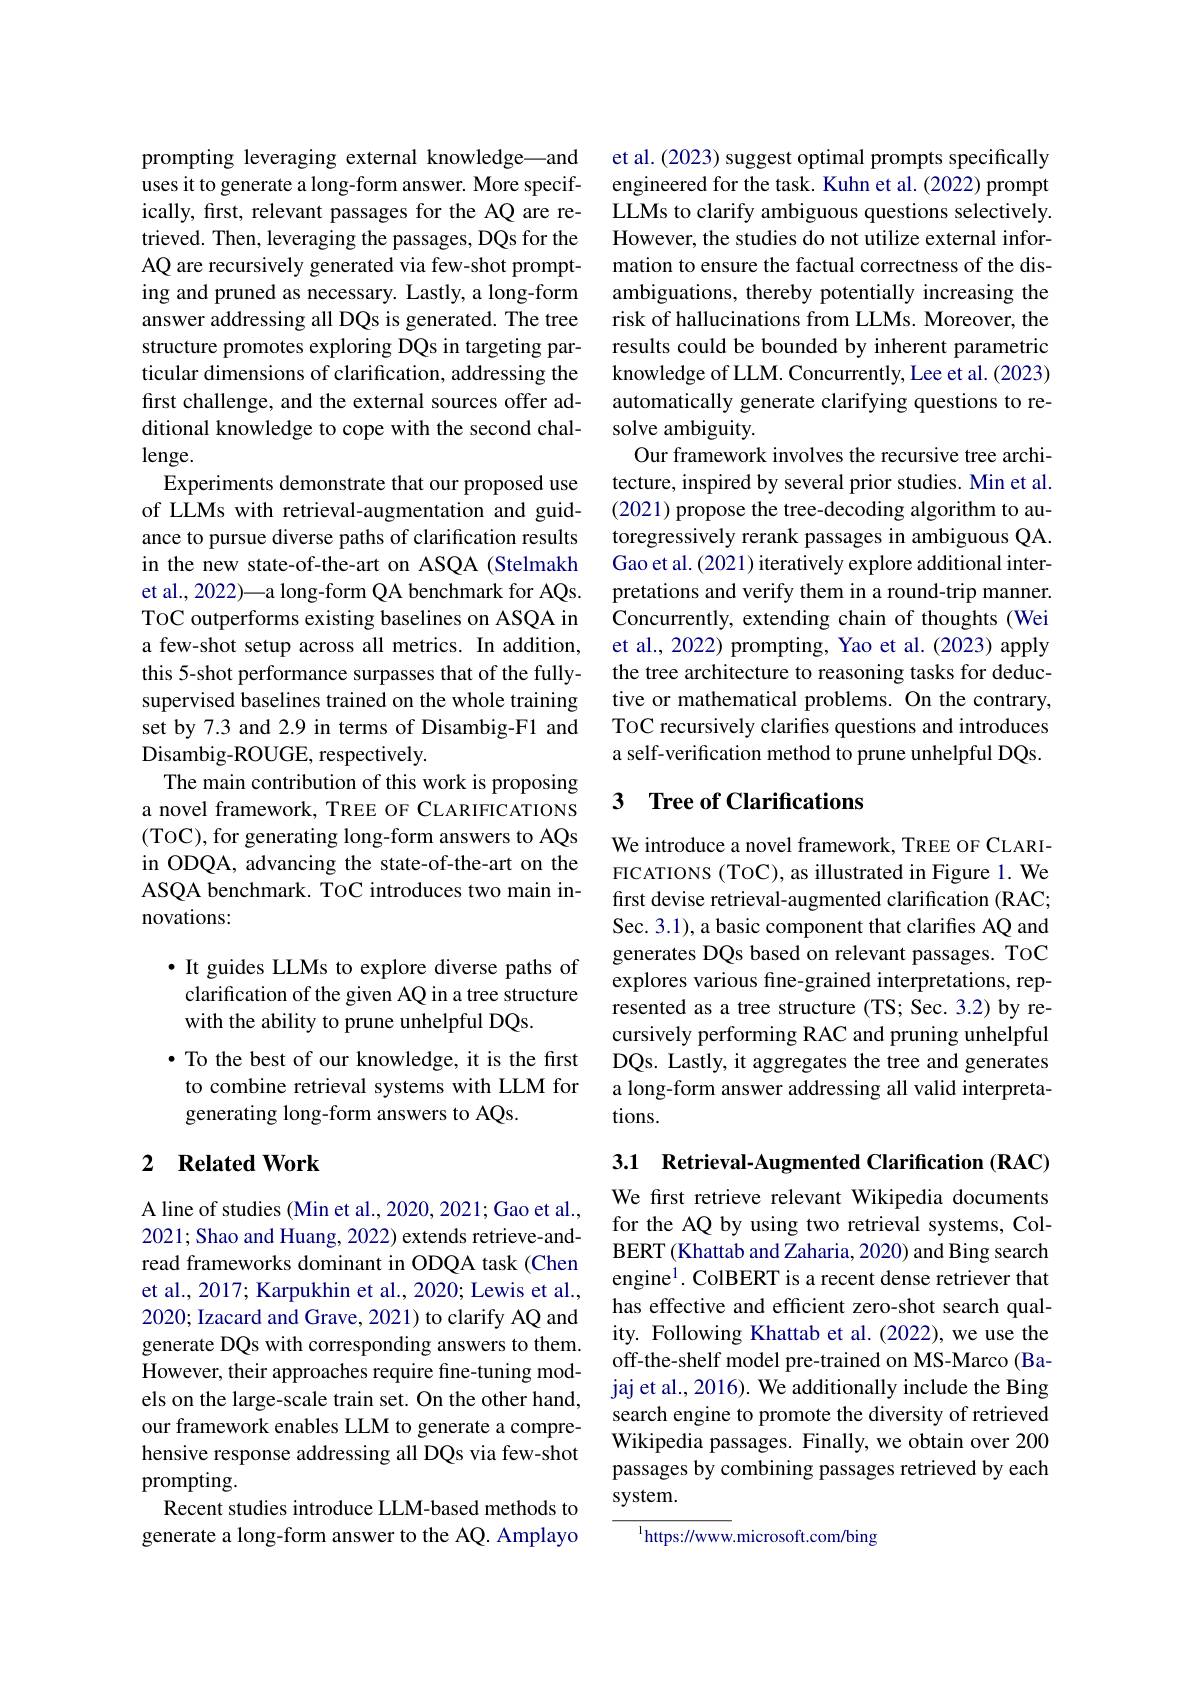
prompting leveraging external knowledge—and uses it to generate a long-form answer. More specifically, first, relevant passages for the AQ are retrieved. Then, leveraging the passages, DQs for the AQ are recursively generated via few-shot prompting and pruned as necessary. Lastly, a long-form answer addressing all DQs is generated. The tree structure promotes exploring DQs in targeting particular dimensions of clarification, addressing the first challenge, and the external sources offer additional knowledge to cope with the second challenge.
Experiments demonstrate that our proposed use of LLMs with retrieval-augmentation and guidance to pursue diverse paths of clarification results in the new state-of-the-art on ASQA (Stelmakh et al., 2022)—a long-form QA benchmark for AQs. ToC outperforms existing baselines on ASQA in a few-shot setup across all metrics. In addition, this 5-shot performance surpasses that of the fullysupervised baselines trained on the whole training set by 7.3 and 2.9 in terms of Disambig-F1 and Disambig-ROUGE, respectively.
The main contribution of this work is proposing a novel framework, TREE OF CLARIFICATIONS (ToC), for generating long-form answers to AQs in ODQA, advancing the state-of-the-art on the ASQA benchmark. TOC introduces two main innovations:

· It guides LLMs to explore diverse paths of clarification of the given AQ in a tree structure with the ability to prune unhelpful DQs.
$\bullet$ To the best of our knowledge, it is the first to combine retrieval systems with LLM for generating long-form answers to AQs.

## 2 $\textbf{Related Work}$

A line of studies (Min et al., 2020, 2021; Gao et al., 2021; Shao and Huang, 2022) extends retrieve-andread frameworks dominant in ODQA task (Chen et al., 2017; Karpukhin et al., 2020; Lewis et al., 2020; Izacard and Grave, 2021) to clarify AQ and generate DQs with corresponding answers to them. However, their approaches require fine-tuning models on the large-scale train set. On the other hand, our framework enables LLM to generate a comprehensive response addressing all DQs via few-shot prompting.
Recent studies introduce LLM-based methods to generate a long-form answer to the AQ. Amplayo

et al. (2023) suggest optimal prompts specifically engineered for the task. Kuhn et al. (2022) prompt LLMs to clarify ambiguous questions selectively. However, the studies do not utilize external information to ensure the factual correctness of the disambiguations, thereby potentially increasing the risk of hallucinations from LLMs. Moreover, the results could be bounded by inherent parametric knowledge of LLM. Concurrently, Lee et al. (2023) automatically generate clarifying questions to resolve ambiguity.
Our framework involves the recursive tree architecture, inspired by several prior studies. Min et al. (2021) propose the tree-decoding algorithm to autoregressively rerank passages in ambiguous QA. Gao et al. (2021) iteratively explore additional interpretations and verify them in a round-trip manner. Concurrently, extending chain of thoughts (Wei et al., 2022) prompting, Yao et al. (2023) apply the tree architecture to reasoning tasks for deductive or mathematical problems. On the contrary, TOC recursively clarifies questions and introduces a self-verification method to prune unhelpful DQs.

## 3 $\textbf{Tree of Clarifications}$

We introduce a novel framework, TREE OF CLARIFICATIONS (TOC), as illustrated in Figure 1. We first devise retrieval-augmented clarification (RAC; Sec. 3.1), a basic component that clarifies AQ and generates DQs based on relevant passages. TOC explores various fine-grained interpretations, represented as a tree structure (TS; Sec. 3.2) by recursively performing RAC and pruning unhelpful DQs. Lastly, it aggregates the tree and generates a long-form answer addressing all valid interpretations.

3.1 Retrieval-Augmented Clarification (RAC)

We first retrieve relevant Wikipedia documents for the AQ by using two retrieval systems, ColBERT (Khattab and Zaharia, 2020) and Bing search engine$^{1}$. ColBERT is a recent dense retriever that has effective and efficient zero-shot search quality. Following Khattab et al. (2022), we use the off-the-shelf model pre-trained on MS-Marco (Bajaj et al., 2016). We additionally include the Bing search engine to promote the diversity of retrieved Wikipedia passages. Finally, we obtain over 200 passages by combining passages retrieved by each system.

$^{1}$https://www.microsoft.com/bing